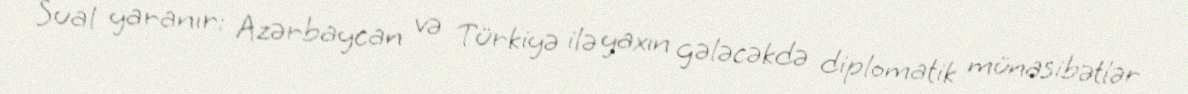
Sual yaranır: Azərbaycan və Türkiyə ilə yaxın gələcəkdə diplomatik münasibətlər